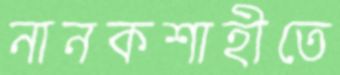
নানকশাহীতে